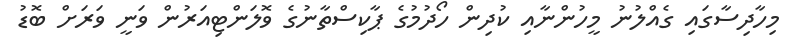
މިހާދިސާގައި ގެއްލުނު މީހުންނާއި ކުދިން ހޯދުމުގެ ޕާކިސްތާނުގެ ވޮލަންޓިއަރުން ވަނީ ވަރަށް ބޮޑު